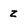
Character: z